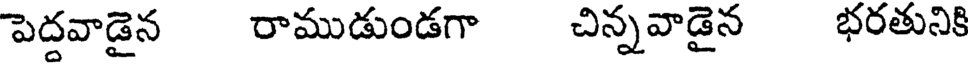
పెద్దవాడైన రాముడుండగా చిన్నవాడైన భరతునికి